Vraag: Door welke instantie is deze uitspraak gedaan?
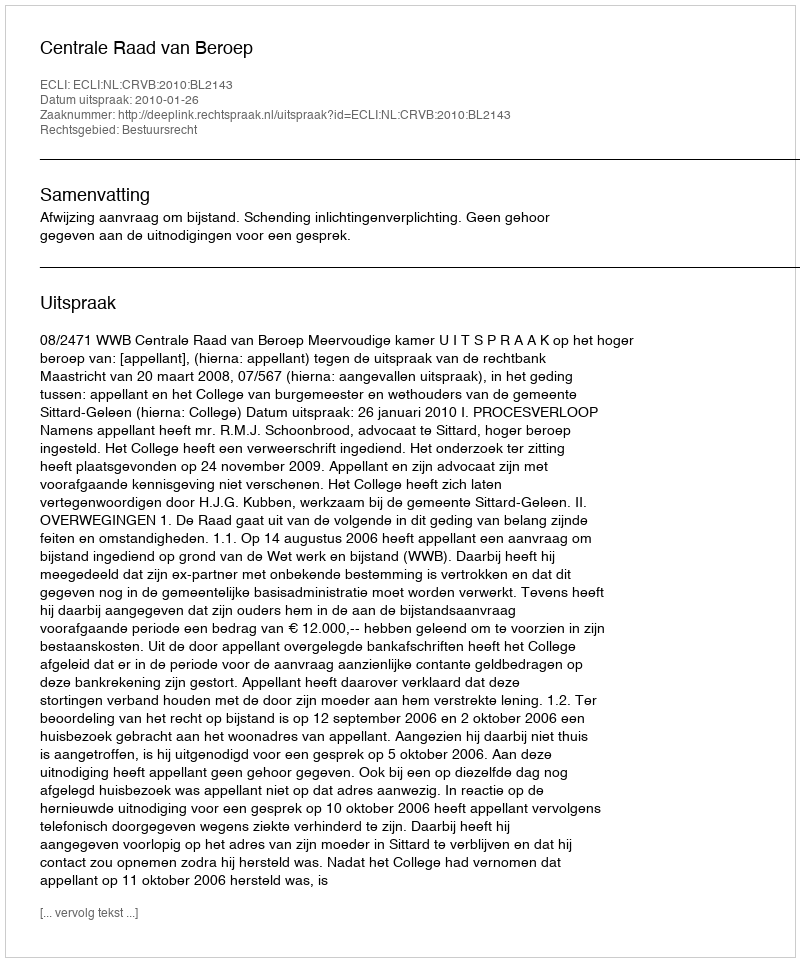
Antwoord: Centrale Raad van Beroep